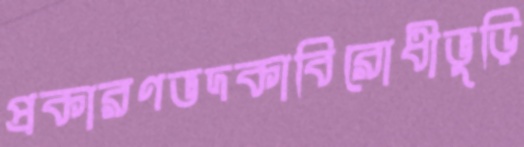
প্রকারণভদকাবিরোধীভুড়ি